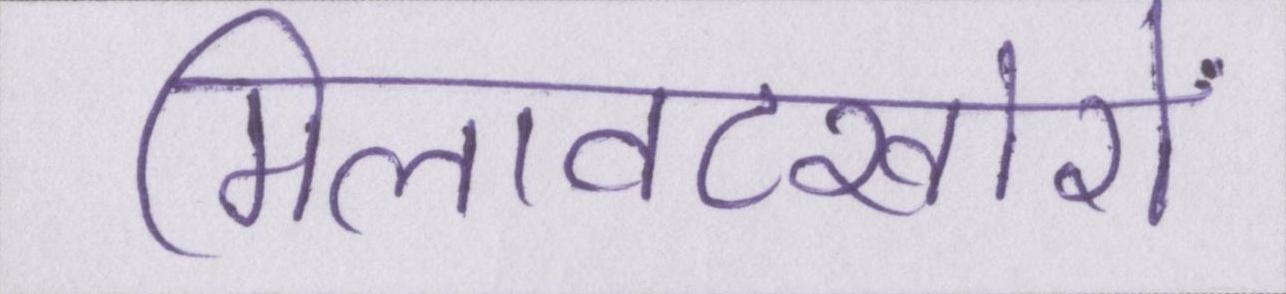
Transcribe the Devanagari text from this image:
मिलावटखोरों